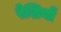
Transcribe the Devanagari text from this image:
रेशियों